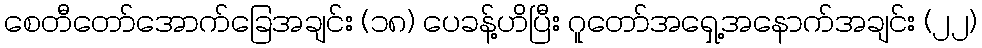
စေတီတော်အောက်ခြေအချင်း (၁၈) ပေခန့်ဟိပြီး ဂူတော်အရှေ့အနောက်အချင်း (၂၂)